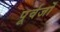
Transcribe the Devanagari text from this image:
पूर्वर्जों